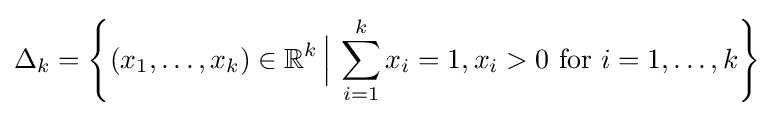
\Delta _{k}=\left\{(x_{1},\dots ,x_{k})\in \mathbb {R} ^{k}\,{\Big |}\,\sum _{i=1}^{k}x_{i}=1,x_{i}>0{\text{ for }}i=1,\dots ,k\right\}